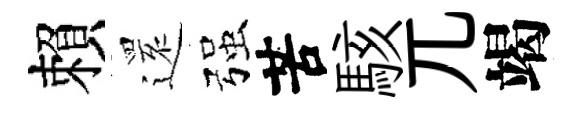
賴𮟃强苦駭兀竭